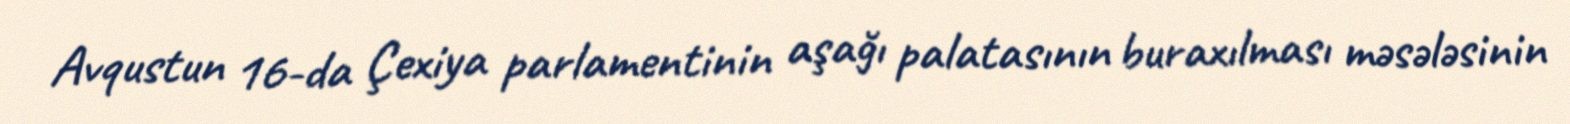
Avqustun 16-da Çexiya parlamentinin aşağı palatasının buraxılması məsələsinin